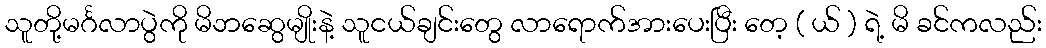
သူတို့မင်္ဂလာပွဲကို မိဘဆွေမျိုးနဲ့ သူငယ်ချင်းတွေ လာရောက်အားပေးပြီး တေ့ ( ယ် ) ရဲ့ မိ ခင်ကလည်း